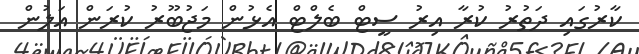
ކާރުގައި ދަތުރު ކުރާ އިރު ސީޓް ބެލްޓް އެޅުން މަޖުބޫރު ކުރަން އަލުން